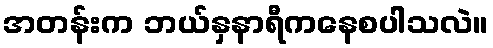
အတန်းက ဘယ်နှနာရီကနေစပါသလဲ။